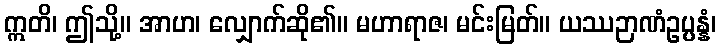
ဣတိ၊ ဤသို့။ အာဟ၊ လျှောက်ဆို၏။ မဟာရာဇ၊ မင်းမြတ်။ ယဿဉာဏံဥပ္ပန္နံ၊